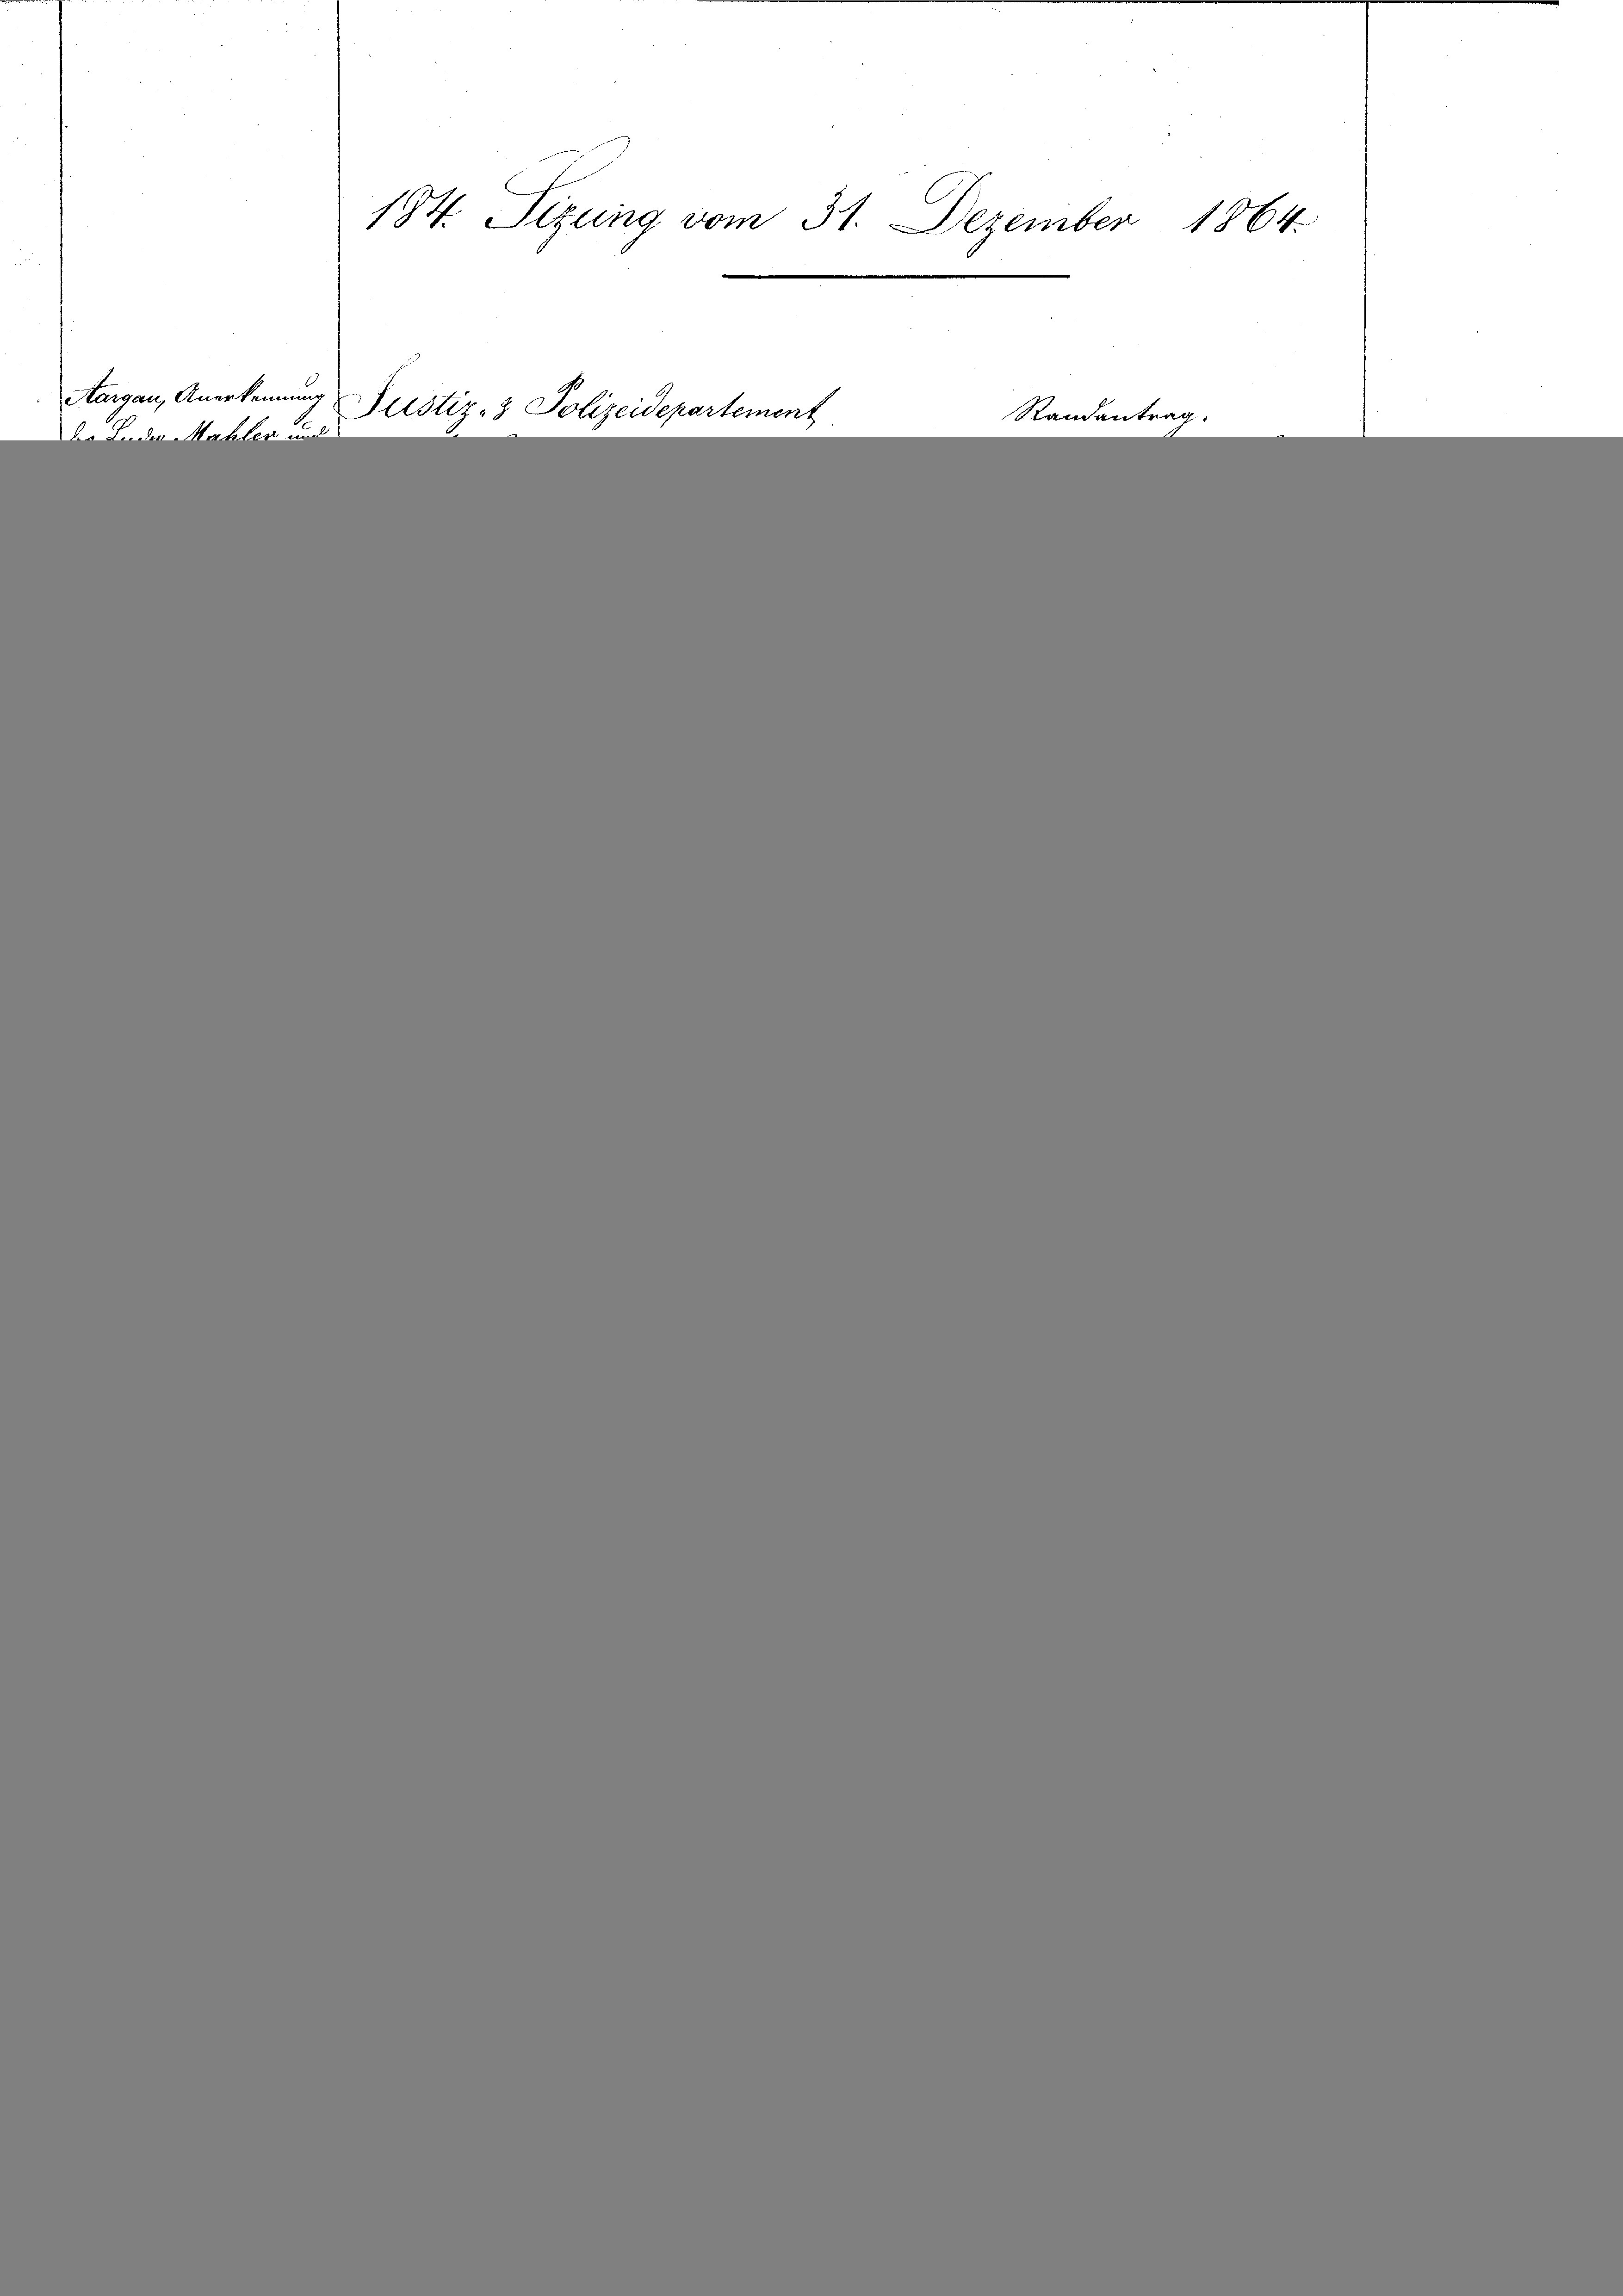
Aargau, Anerkennung

Justiz- & Polizeidepartement
d. B. der Mehlen und

184. Sizung vom 31. Dezember 1864.

Ran

wanten